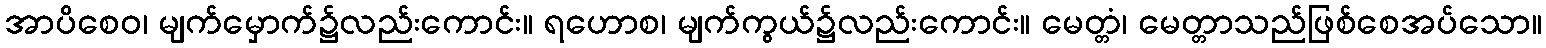
အာပိစေဝ၊ မျက်မှောက်၌လည်းကောင်း။ ရဟောစ၊ မျက်ကွယ်၌လည်းကောင်း။ မေတ္တံ၊ မေတ္တာသည်ဖြစ်စေအပ်သော။